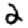
Digit: 2